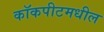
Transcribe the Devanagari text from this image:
कॉकपीटमधील